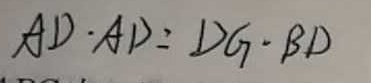
A D \cdot A D = D G \cdot B D